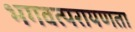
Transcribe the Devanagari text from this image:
भगवत्परायणता